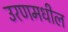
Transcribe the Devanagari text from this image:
उरणमधील